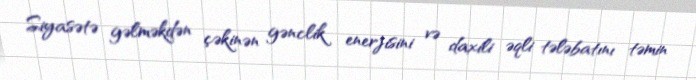
Siyasətə gəlməkdən çəkinən gənclik enerjisini və daxili əqli tələbatını təmin